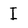
Character: I